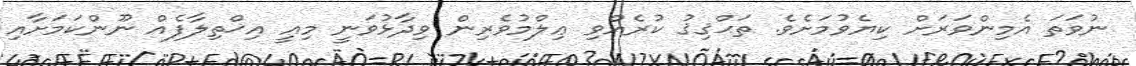
ނުވަތަ އެމިންވަރަށް ކިޔެވުމަށެވެ. ތަޙްޤިޤު ކުރެއްވި ޢިލްމުވެރިން ވިދާޅުވަނީ މިއީ އިޚްތިލާފެއް ނޫންކަމަށާއި